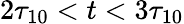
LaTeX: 2\tau_{10}<t<3\tau_{10}